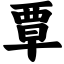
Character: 覃